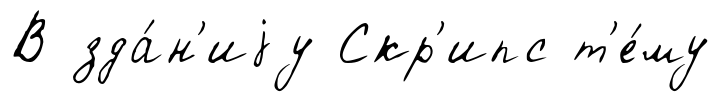
В зда́н'иjу Скр'ипс т'е́му